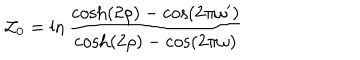
{ \cal Z } _ { 0 } = \ln \frac { \cosh ( 2 \rho ) - \cos ( 2 \pi \omega ^ { \prime } ) } { \cosh ( 2 \rho ) - \cos ( 2 \pi \omega ) }